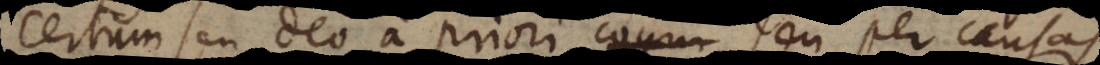
certum seu Deo a priori cogni seu per causas